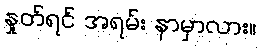
နှုတ်ရင် အရမ်း နာမှာလား။